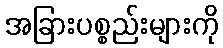
အခြားပစ္စည်းများကို